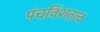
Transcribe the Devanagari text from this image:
पंचविंशतत्व